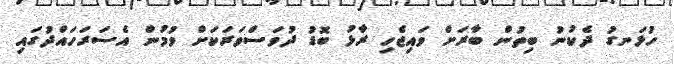
ހުޅަނގު ދެކުނު ބިތުން ބާރަށް ވައިޖެހި ރާޅު ބޮޑު ދުވަސްވަރަކަށް ވުމުން އެސަރަހައްދުގައި